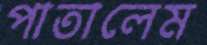
পাতালেম